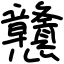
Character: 戇